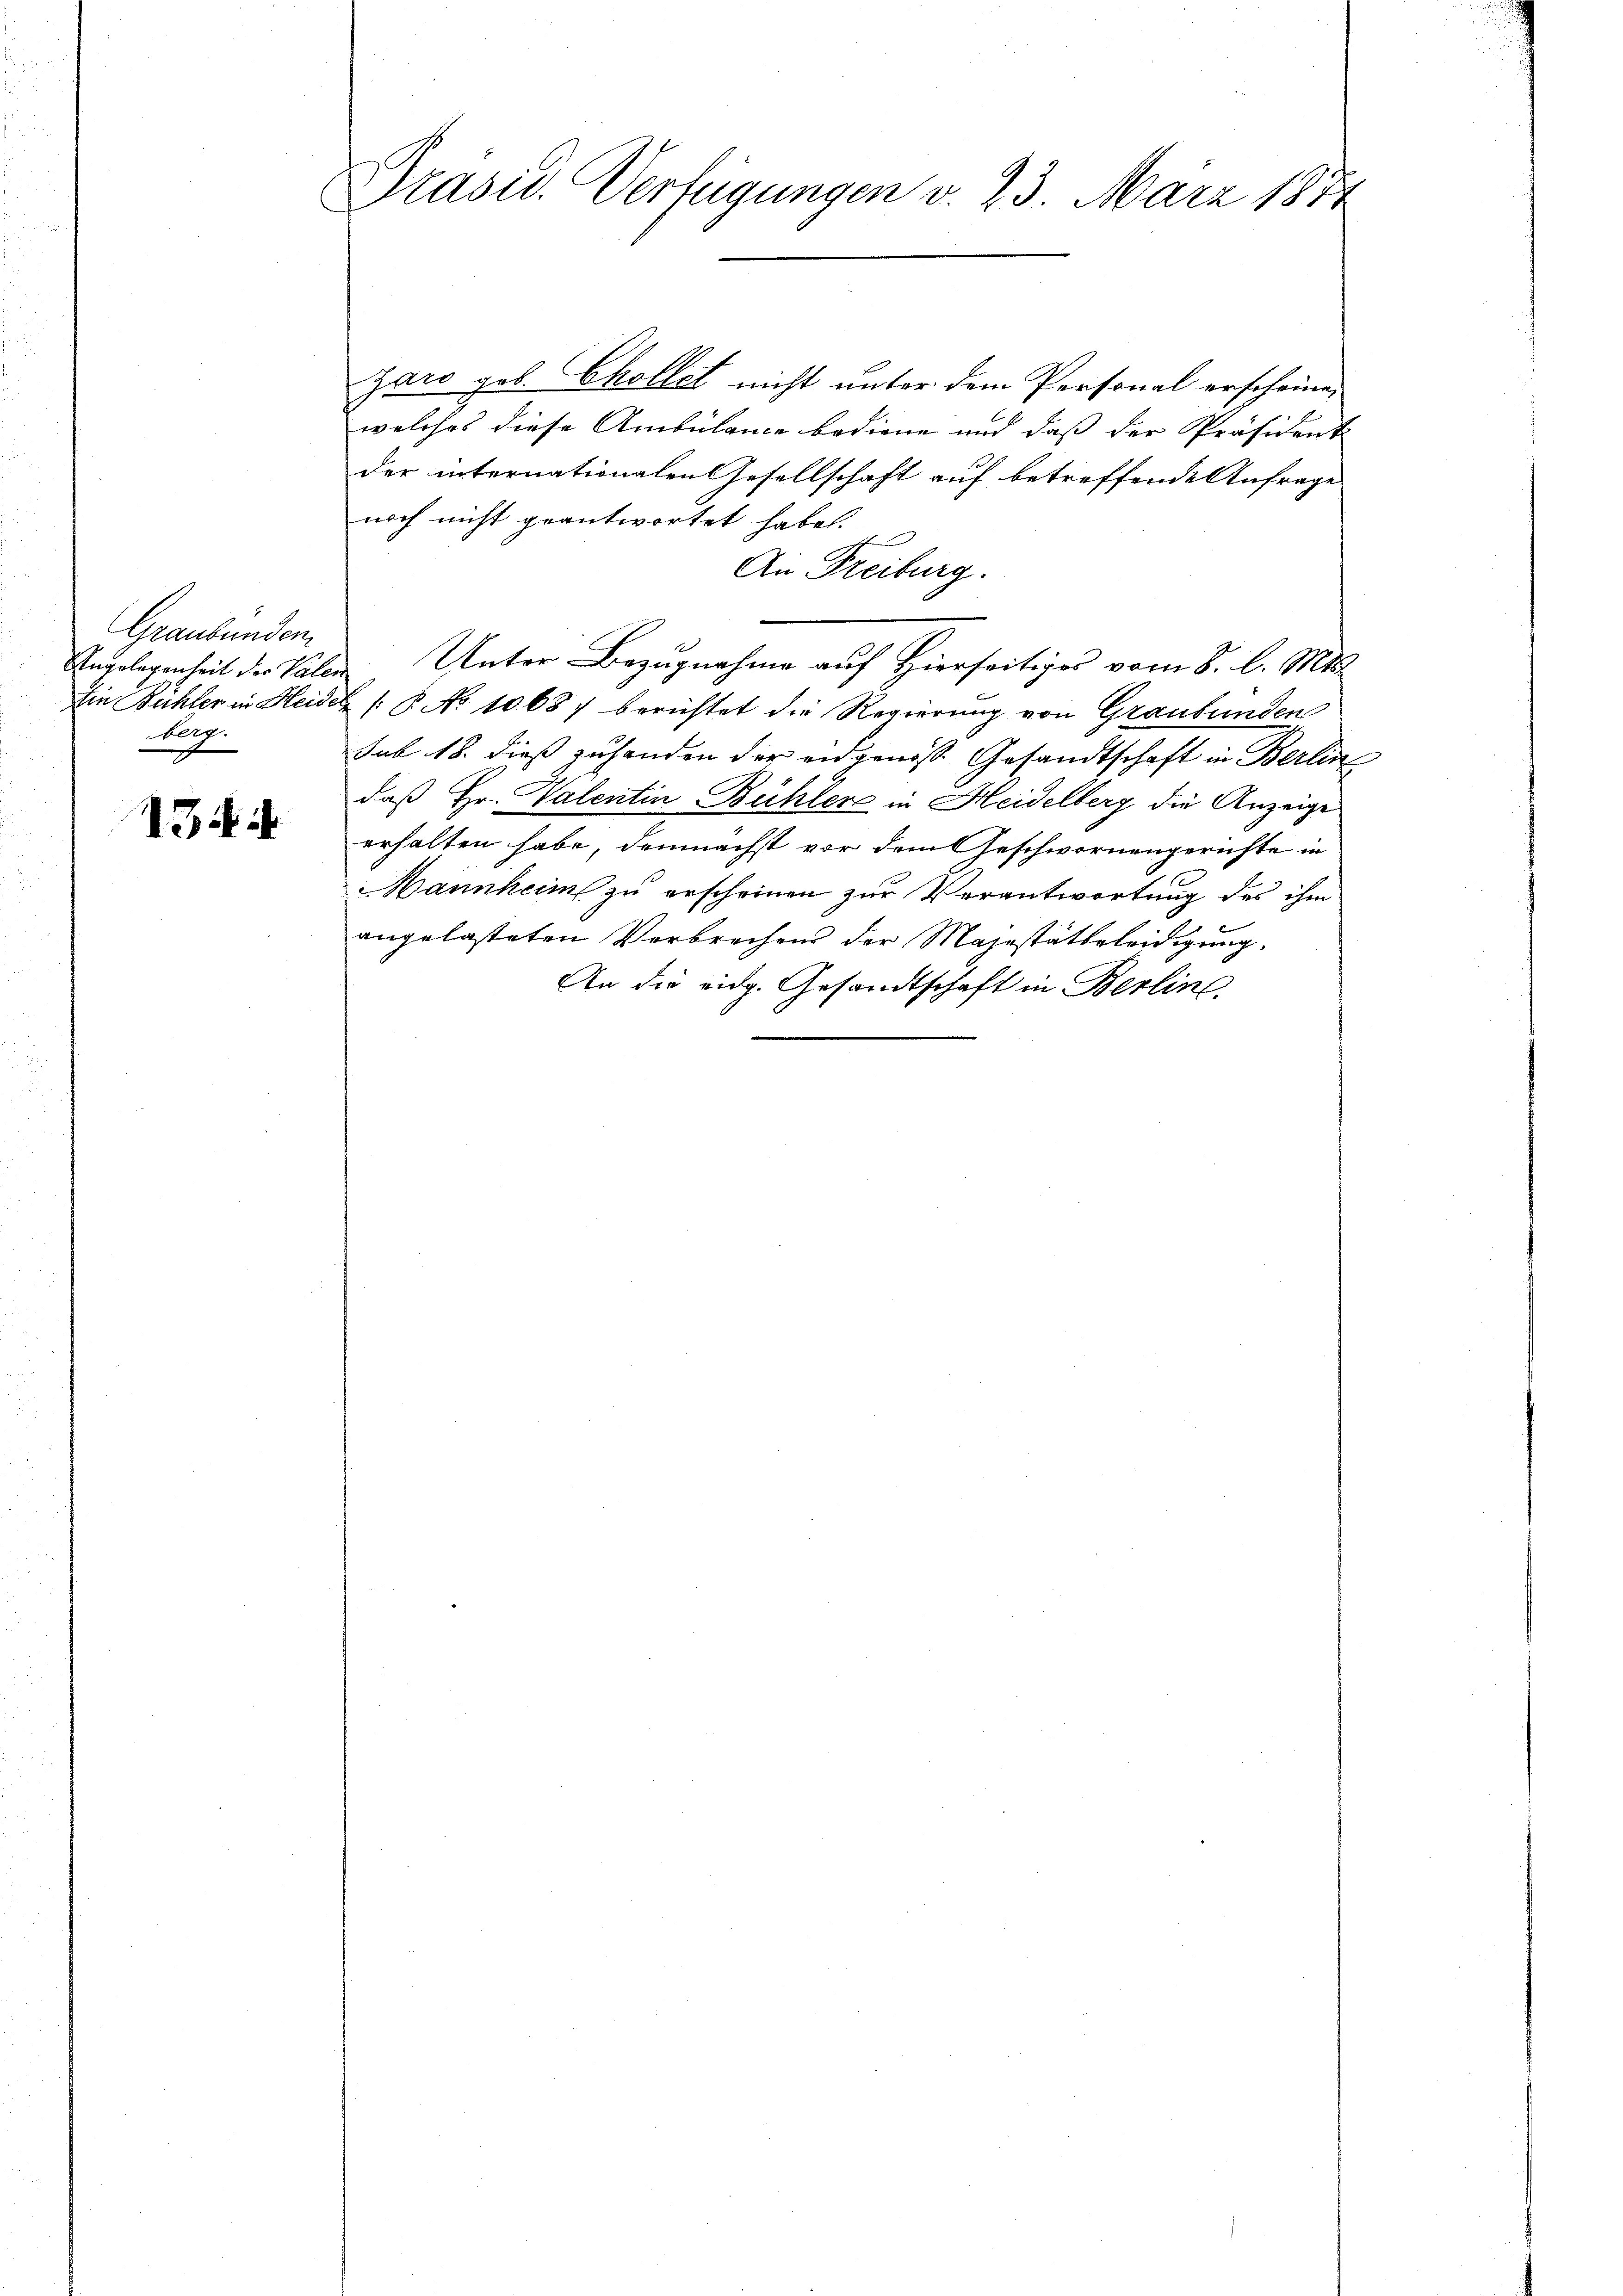
Graubünden
Angelegenheit der Valen
ber.

134

Präsid. Verfügungen v. 23. März 1874

garo geb. Chollet nicht unter dem Personal erscheine,
welches diese Ambulane bediene und dass der Präsident
der internationalen Gesellschaft auf betreffende Anfrage
noch nicht geantwortet habe.
An Freiburg.
Unter Bezugnahme auf Hierseitiges vom 8. l. Mts.
Ein Bühler in Heidel (§ No 1068) berichtet die Regierung von Graubünden
sub 18. dieß zuhanden der eidgenöss. Gesandtschaft in Berlin
daß Hr. Valentin Bühler in Heidelberg die Anzeige
erhalten habe, demnächst vor dem Geschwornengerichte in
Mannheim zu erscheinen zur Verantwortung des ihm
angelasteten Verbrechens der Majestätteleidigung,
An die eidg. Gesandtschaft in Berline